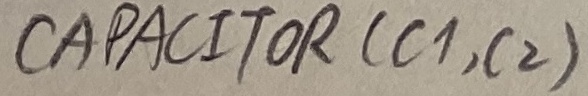
Text: CAPACITOR (C1, C2)